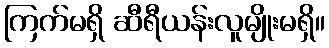
ကြက်မရှိ ဆီရီယန်းလူမျိုးမရှိ။